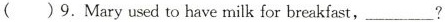
( )9. Mary used to have milk for breakfast,___?